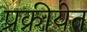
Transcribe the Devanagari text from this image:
प्रक्रीयेत